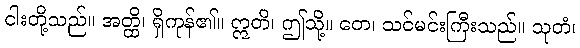
ငါးတို့သည်။ အတ္ထိ၊ ရှိကုန်၏။ ဣတိ၊ ဤသို့။ တေ၊ သင်မင်းကြီးသည်။ သုတံ၊